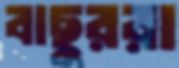
বাছুররা